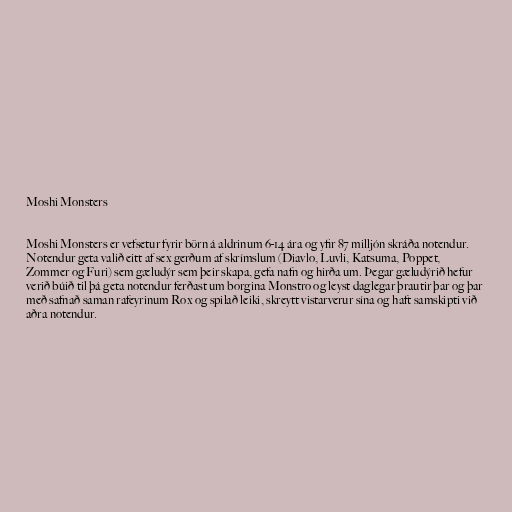
Moshi Monsters

Moshi Monsters er vefsetur fyrir börn á aldrinum 6-14 ára og yfir 87 milljón skráða notendur.
Notendur geta valið eitt af sex gerðum af skrímslum (Diavlo, Luvli, Katsuma, Poppet,
Zommer og Furi) sem gæludýr sem þeir skapa, gefa nafn og hirða um. Þegar gæludýrið hefur
verið búið til þá geta notendur ferðast um borgina Monstro og leyst daglegar þrautir þar og þar
með safnað saman rafeyrinum Rox og spilað leiki, skreytt vistarverur sína og haft samskipti við
aðra notendur.